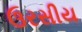
ઉરસીય